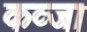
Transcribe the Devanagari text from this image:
कव्जा